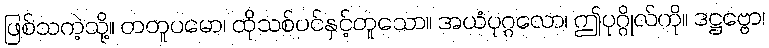
ဖြစ်သကဲ့သို့။ တတူပမော၊ ထိုသစ်ပင်နှင့်တူသော။ အယံပုဂ္ဂလော၊ ဤပုဂ္ဂိုလ်ကို။ ဒဋ္ဌဗ္ဗော၊